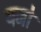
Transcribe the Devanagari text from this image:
यजो